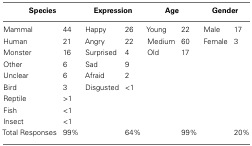
| <COLSPAN=2> Species | <COLSPAN=2> Expression | <COLSPAN=2> Age | <COLSPAN=2> Gender |
 | --- | --- | --- | --- | --- | --- | --- | --- |
 | Mammal | 44 | Happy | 26 | Young | 22 | Male | 17 |
 | Human | 21 | Angry | 22 | Medium | 60 | Female | 3 |
 | Monster | 16 | Surprised | 4 | Old | 17 |  |  |
 | Other | 6 | Sad | 9 |  |  |  |  |
 | Unclear | 6 | Afraid | 2 |  |  |  |  |
 | Bird | 3 | Disgusted | <1 |  |  |  |  |
 | Reptile | >1 |  |  |  |  |  |  |
 | Fish | <1 |  |  |  |  |  |  |
 | Insect | <1 |  |  |  |  |  |  |
 | Total Responses | 99% |  | 64% |  | 99% |  | 20% |